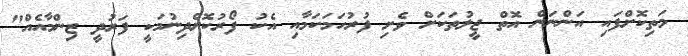
މަތިކޮށްފައި އަންނަން އޮތް ޖީލުތަކަށް ވެށި ފުރުހަމަކަމާއި އެކު ފޯރުކޮށްދިނުމަކީ ފަރުދީ ޒިންމާއެއް"